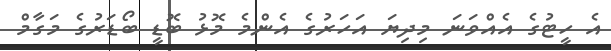
އެ ހީޓުގެ އެއްވަނަ މިދިޔަ އަހަރުގެ އެންމެ މޮޅު ބޮޑީ ބޯޑަރުގެ މަގާމް